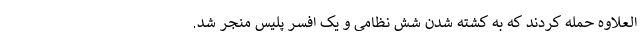
العلاوه حمله کردند که به کشته شدن شش نظامی و یک افسر پلیس منجر شد.